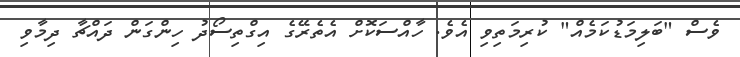
ވެސް "ބަލިމަޑުކަމެއް" ކުރިމަތިވި އެވެ. ހާއްސަކޮށް އެތެރޭގެ އިގްތިސޯދު ހިންގަން ދައްޗާ ދިމާވި